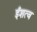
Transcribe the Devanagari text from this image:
ईशत्व